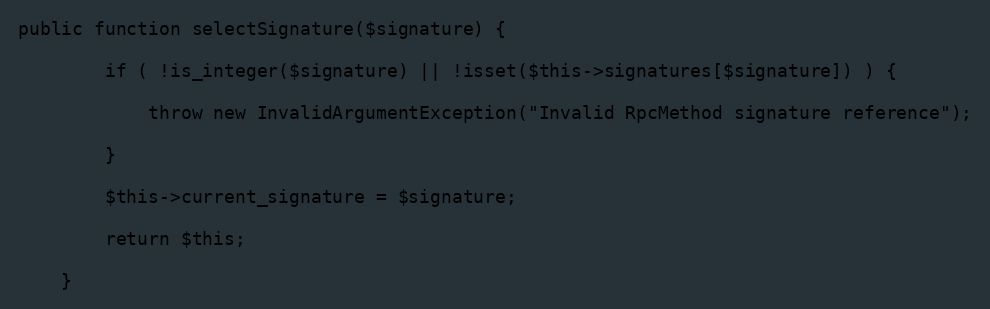
Language: PHP
public function selectSignature($signature) {

        if ( !is_integer($signature) || !isset($this->signatures[$signature]) ) {

            throw new InvalidArgumentException("Invalid RpcMethod signature reference");

        }

        $this->current_signature = $signature;

        return $this;

    }